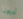
أدراجنا